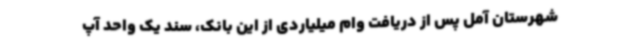
شهرستان آمل پس از دریافت وام میلیاردی از این بانک، سند یک واحد آپ